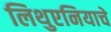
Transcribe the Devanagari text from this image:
लिथुएनियाचे